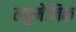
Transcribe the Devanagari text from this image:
ल्युमेनिक